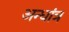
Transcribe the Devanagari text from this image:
अन्धांत्र